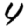
Digit: 4